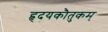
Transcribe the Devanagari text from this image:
हृदयकौतुकम्‌